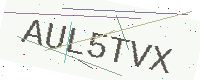
Text: AUL5TVX